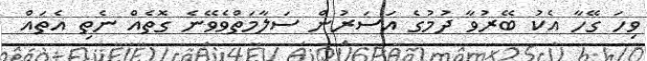
ވިހަ ގޭހާ އެކު ބޭރުވާ ދުމުގެ އަސަރުން ސަލާމަތްވެވޭނެ ގޮތެއް ނެތި އެތައް